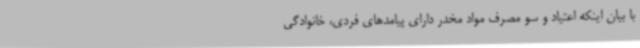
با بیان اینکه اعتیاد و سو مصرف مواد مخدر دارای پیامدهای فردی، خانوادگی